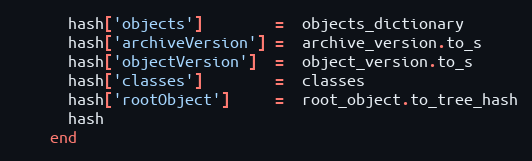
Language: Ruby
      hash['objects']        =  objects_dictionary
      hash['archiveVersion'] =  archive_version.to_s
      hash['objectVersion']  =  object_version.to_s
      hash['classes']        =  classes
      hash['rootObject']     =  root_object.to_tree_hash
      hash
    end